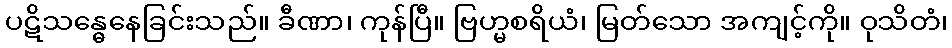
ပဋိသန္ဓေနေခြင်းသည်။ ခီဏာ၊ ကုန်ပြီ။ ဗြဟ္မစရိယံ၊ မြတ်သော အကျင့်ကို။ ဝုသိတံ၊